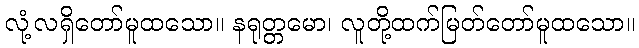
လုံ့လရှိတော်မူထသော။ နရုတ္တမော၊ လူတို့ထက်မြတ်တော်မူထသော။